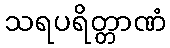
သရပရိတ္တာဏံ